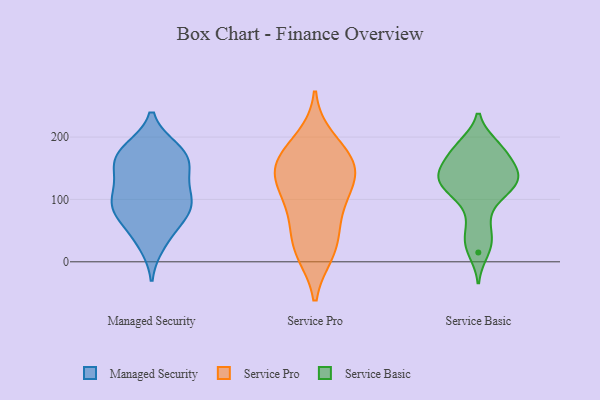
{"axis": {"x": "Operating Costs (USD K)", "y": "Value"}, "legend": ["Managed Security", "Service Basic", "Service Pro"], "data": [{"x": "", "y": 135, "type": "Managed Security"}, {"x": "", "y": 104, "type": "Managed Security"}, {"x": "", "y": 43, "type": "Managed Security"}, {"x": "", "y": 88, "type": "Managed Security"}, {"x": "", "y": 167, "type": "Managed Security"}, {"x": "", "y": 118, "type": "Managed Security"}, {"x": "", "y": 180, "type": "Managed Security"}, {"x": "", "y": 79, "type": "Managed Security"}, {"x": "", "y": 76, "type": "Managed Security"}, {"x": "", "y": 29, "type": "Managed Security"}, {"x": "", "y": 176, "type": "Managed Security"}, {"x": "", "y": 177, "type": "Managed Security"}, {"x": "", "y": 83, "type": "Managed Security"}, {"x": "", "y": 150, "type": "Managed Security"}, {"x": "", "y": 96, "type": "Managed Security"}, {"x": "", "y": 157, "type": "Managed Security"}, {"x": "", "y": 196, "type": "Service Pro"}, {"x": "", "y": 18, "type": "Service Pro"}, {"x": "", "y": 111, "type": "Service Pro"}, {"x": "", "y": 148, "type": "Service Pro"}, {"x": "", "y": 176, "type": "Service Pro"}, {"x": "", "y": 124, "type": "Service Pro"}, {"x": "", "y": 33, "type": "Service Pro"}, {"x": "", "y": 158, "type": "Service Pro"}, {"x": "", "y": 72, "type": "Service Pro"}, {"x": "", "y": 86, "type": "Service Pro"}, {"x": "", "y": 151, "type": "Service Pro"}, {"x": "", "y": 146, "type": "Service Pro"}, {"x": "", "y": 15, "type": "Service Pro"}, {"x": "", "y": 148, "type": "Service Basic"}, {"x": "", "y": 182, "type": "Service Basic"}, {"x": "", "y": 164, "type": "Service Basic"}, {"x": "", "y": 45, "type": "Service Basic"}, {"x": "", "y": 116, "type": "Service Basic"}, {"x": "", "y": 77, "type": "Service Basic"}, {"x": "", "y": 121, "type": "Service Basic"}, {"x": "", "y": 154, "type": "Service Basic"}, {"x": "", "y": 132, "type": "Service Basic"}, {"x": "", "y": 129, "type": "Service Basic"}, {"x": "", "y": 147, "type": "Service Basic"}, {"x": "", "y": 187, "type": "Service Basic"}, {"x": "", "y": 128, "type": "Service Basic"}, {"x": "", "y": 188, "type": "Service Basic"}, {"x": "", "y": 32, "type": "Service Basic"}, {"x": "", "y": 15, "type": "Service Basic"}, {"x": "", "y": 109, "type": "Service Basic"}]}